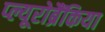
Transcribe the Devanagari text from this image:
प्ल्यूरोब्रैंकिया